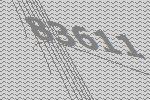
83611